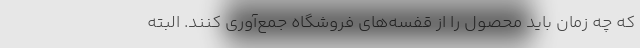
که چه زمان باید محصول را از قفسه‌های فروشگاه جمع‌آوری کنند. البته